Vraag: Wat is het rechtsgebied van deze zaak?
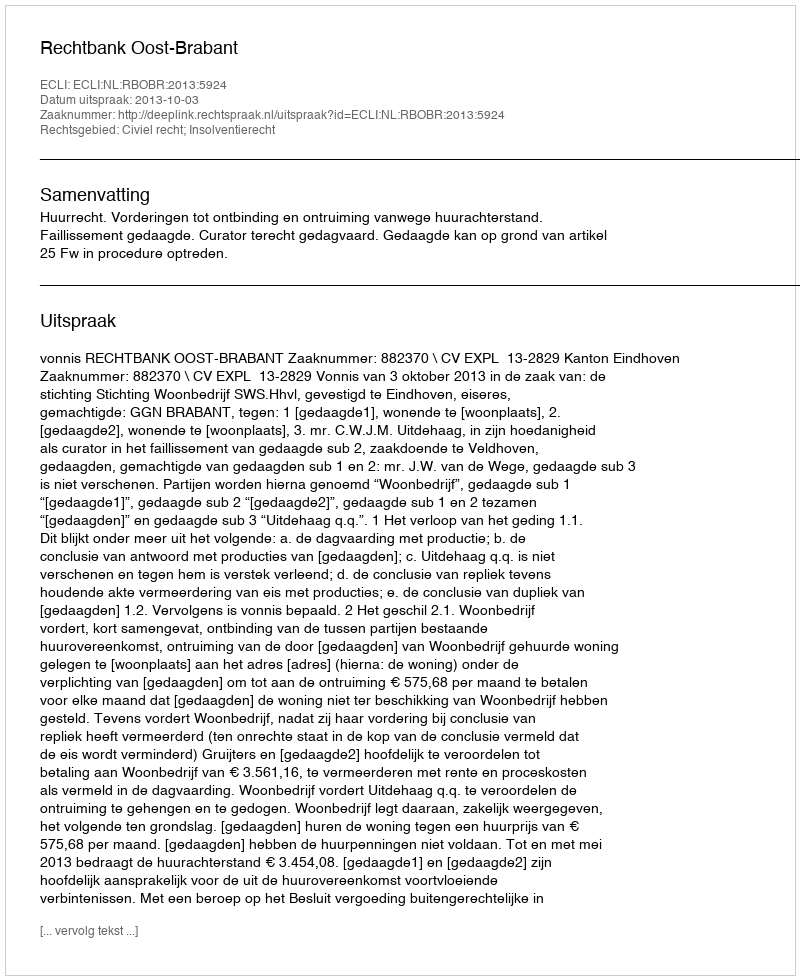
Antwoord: Civiel recht; Insolventierecht